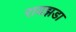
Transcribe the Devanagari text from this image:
रायझडा